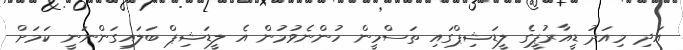
އަދި މިއަދު ޑީއާރުޕީގެ ލީޑަޝިޕްގައި ތަސްމީން ހުންނެވުމުން އެ ލީޑަޝިޕް ބަލައިގަންނަނީ ކަމަށް